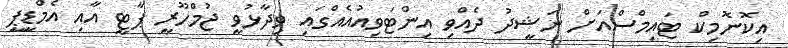
އިކޮނޮމިކް ޓައިމްސްއަށް ނަޝީދު ދެއްވި އިންޓަވިއުއެއްގައި ވިދާޅުވީ ޖުމްހޫރީ ޕާޓީ އާއި އެމްޑީޕީ